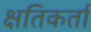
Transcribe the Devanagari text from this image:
क्षतिकर्ता